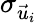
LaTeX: \sigma_{\vec{u}_{i}}